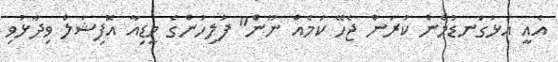
އެއީ އަޅުގަނޑުމެން ކުރަން ޖެހޭ ކަމެއް ނޫން" ފުލިހުންގެ މީޑިއާ އޮފިޝަލް ވިދާޅުވި